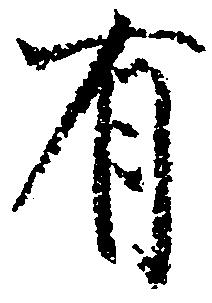
有